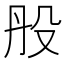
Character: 𣪂